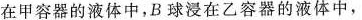
在甲容器的液体中，B球浸在乙容器的液体中，